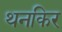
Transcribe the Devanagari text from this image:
थनकिर